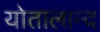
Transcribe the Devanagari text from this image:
योतालान्द